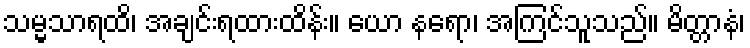
သမ္မသာရထိ၊ အချင်းရထားထိန်း။ ယော နရော၊ အကြင်သူသည်။ မိတ္တာနံ၊